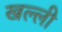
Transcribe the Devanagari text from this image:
खल्ली